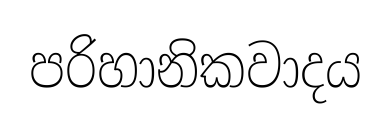
පරිහානිකවාදය